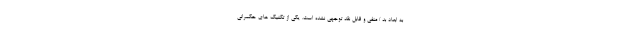
به ابعاد بد / منفی و قابل نقد توجهی نشده است. یکی از تکنیک های حکمرانی